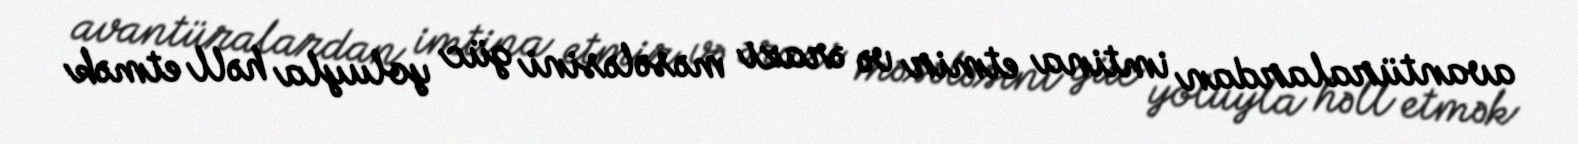
avantüralardan imtina etmir və ərazi məsələsini güc yoluyla həll etmək